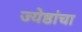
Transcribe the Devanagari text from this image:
ज्येष्ठांचा